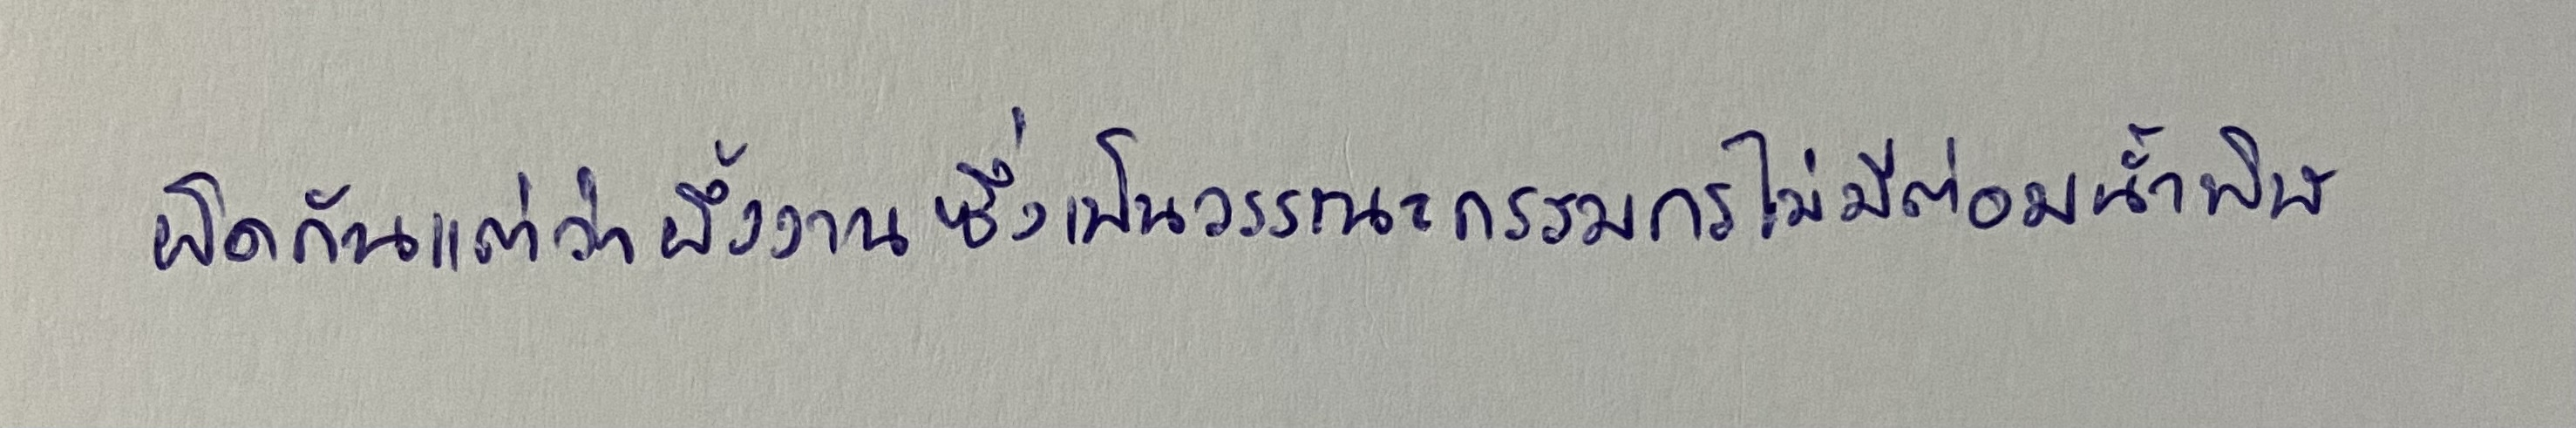
ผิดกันแต่ว่าผึ้งงานซึ่งเป็นวรรณะกรรมกรไม่มีต่อมน้ำพิษ